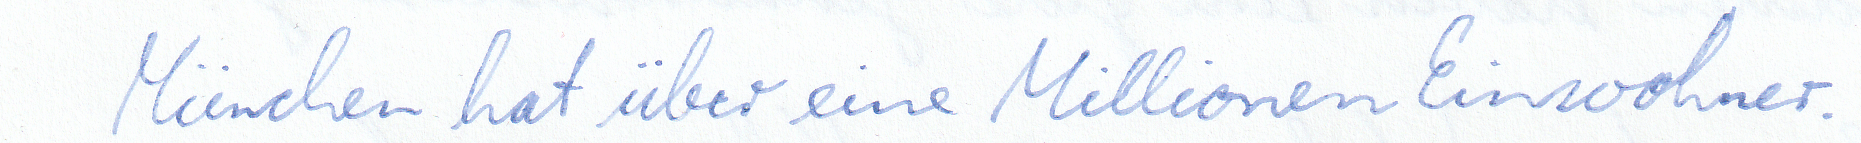
München hat über eine Millionen Einwohner.